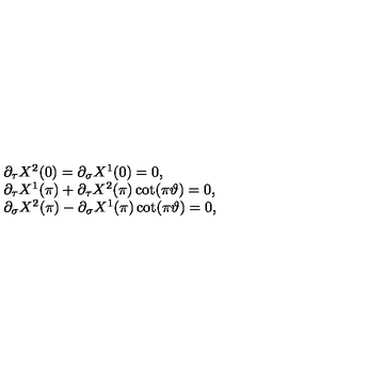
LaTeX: \begin{array} { l } { \partial _ { \tau } X ^ { 2 } ( 0 ) = \partial _ { \sigma } X ^ { 1 } ( 0 ) = 0 , } \\ { \partial _ { \tau } X ^ { 1 } ( \pi ) + \partial _ { \tau } X ^ { 2 } ( \pi ) \cot ( \pi \vartheta ) = 0 , } \\ { \partial _ { \sigma } X ^ { 2 } ( \pi ) - \partial _ { \sigma } X ^ { 1 } ( \pi ) \cot ( \pi \vartheta ) = 0 , } \\ \end{array}